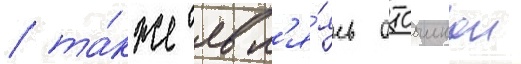
/ та́кже явл'я́ясь отсылкои